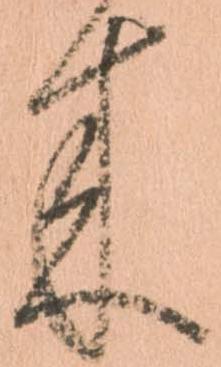
来